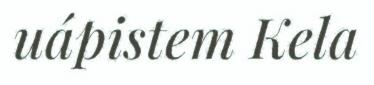
uápistem Kela